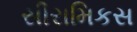
સીરામિકસ